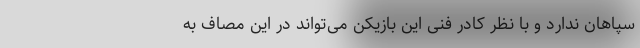
سپاهان ندارد و با نظر کادر فنی این بازیکن می‌تواند در این مصاف به